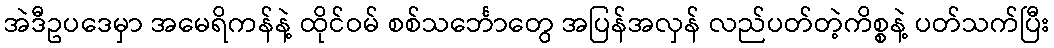
အဲဒီဥပဒေမှာ အမေရိကန်နဲ့ ထိုင်ဝမ် စစ်သင်္ဘောတွေ အပြန်အလှန် လည်ပတ်တဲ့ကိစ္စနဲ့ ပတ်သက်ပြီး